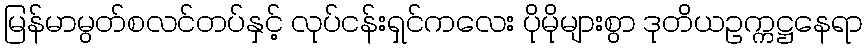
မြန်မာမွတ်စလင်တပ်နှင့် လုပ်ငန်းရှင်ကလေး ပိုမိုများစွာ ဒုတိယဥက္ကဋ္ဌနေရာ